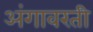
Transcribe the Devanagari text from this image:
अंगावरती